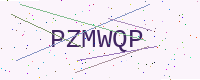
Text: PZMWQP